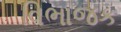
વિભાજક